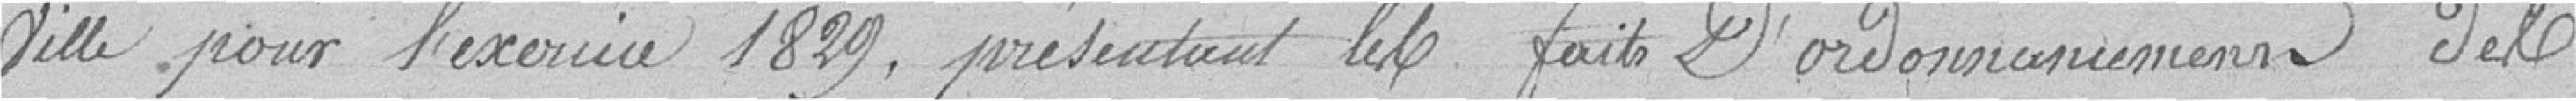
Ville pour l'exercice 1829, présentant les faits D'ordonnance nécessaire des